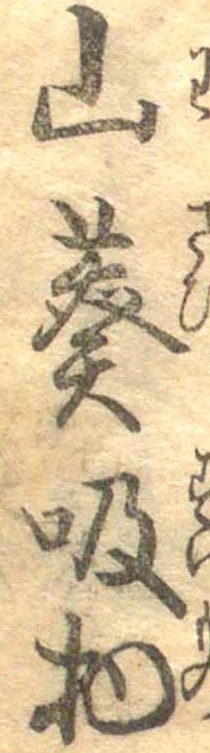
山葵吸物